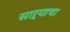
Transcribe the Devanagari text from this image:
साऱ्याचा